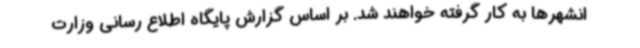
انشهرها به کار گرفته خواهند شد. بر اساس گزارش پایگاه اطلاع رسانی وزارت